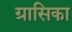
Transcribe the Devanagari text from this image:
ग्रासिका